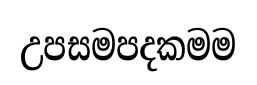
උපසමපදකමම